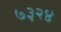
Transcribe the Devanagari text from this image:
७३२४